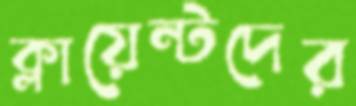
ক্লায়েন্টদের